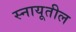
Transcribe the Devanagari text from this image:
स्नायूतील